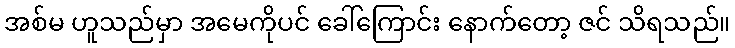
အစ်မ ဟူသည်မှာ အမေကိုပင် ခေါ်ကြောင်း နောက်တော့ ဇင် သိရသည်။